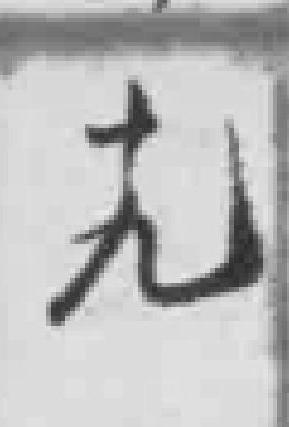
十九